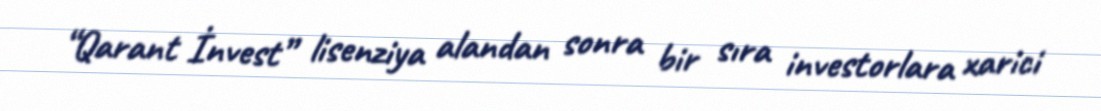
“Qarant İnvest” lisenziya alandan sonra bir sıra investorlara xarici